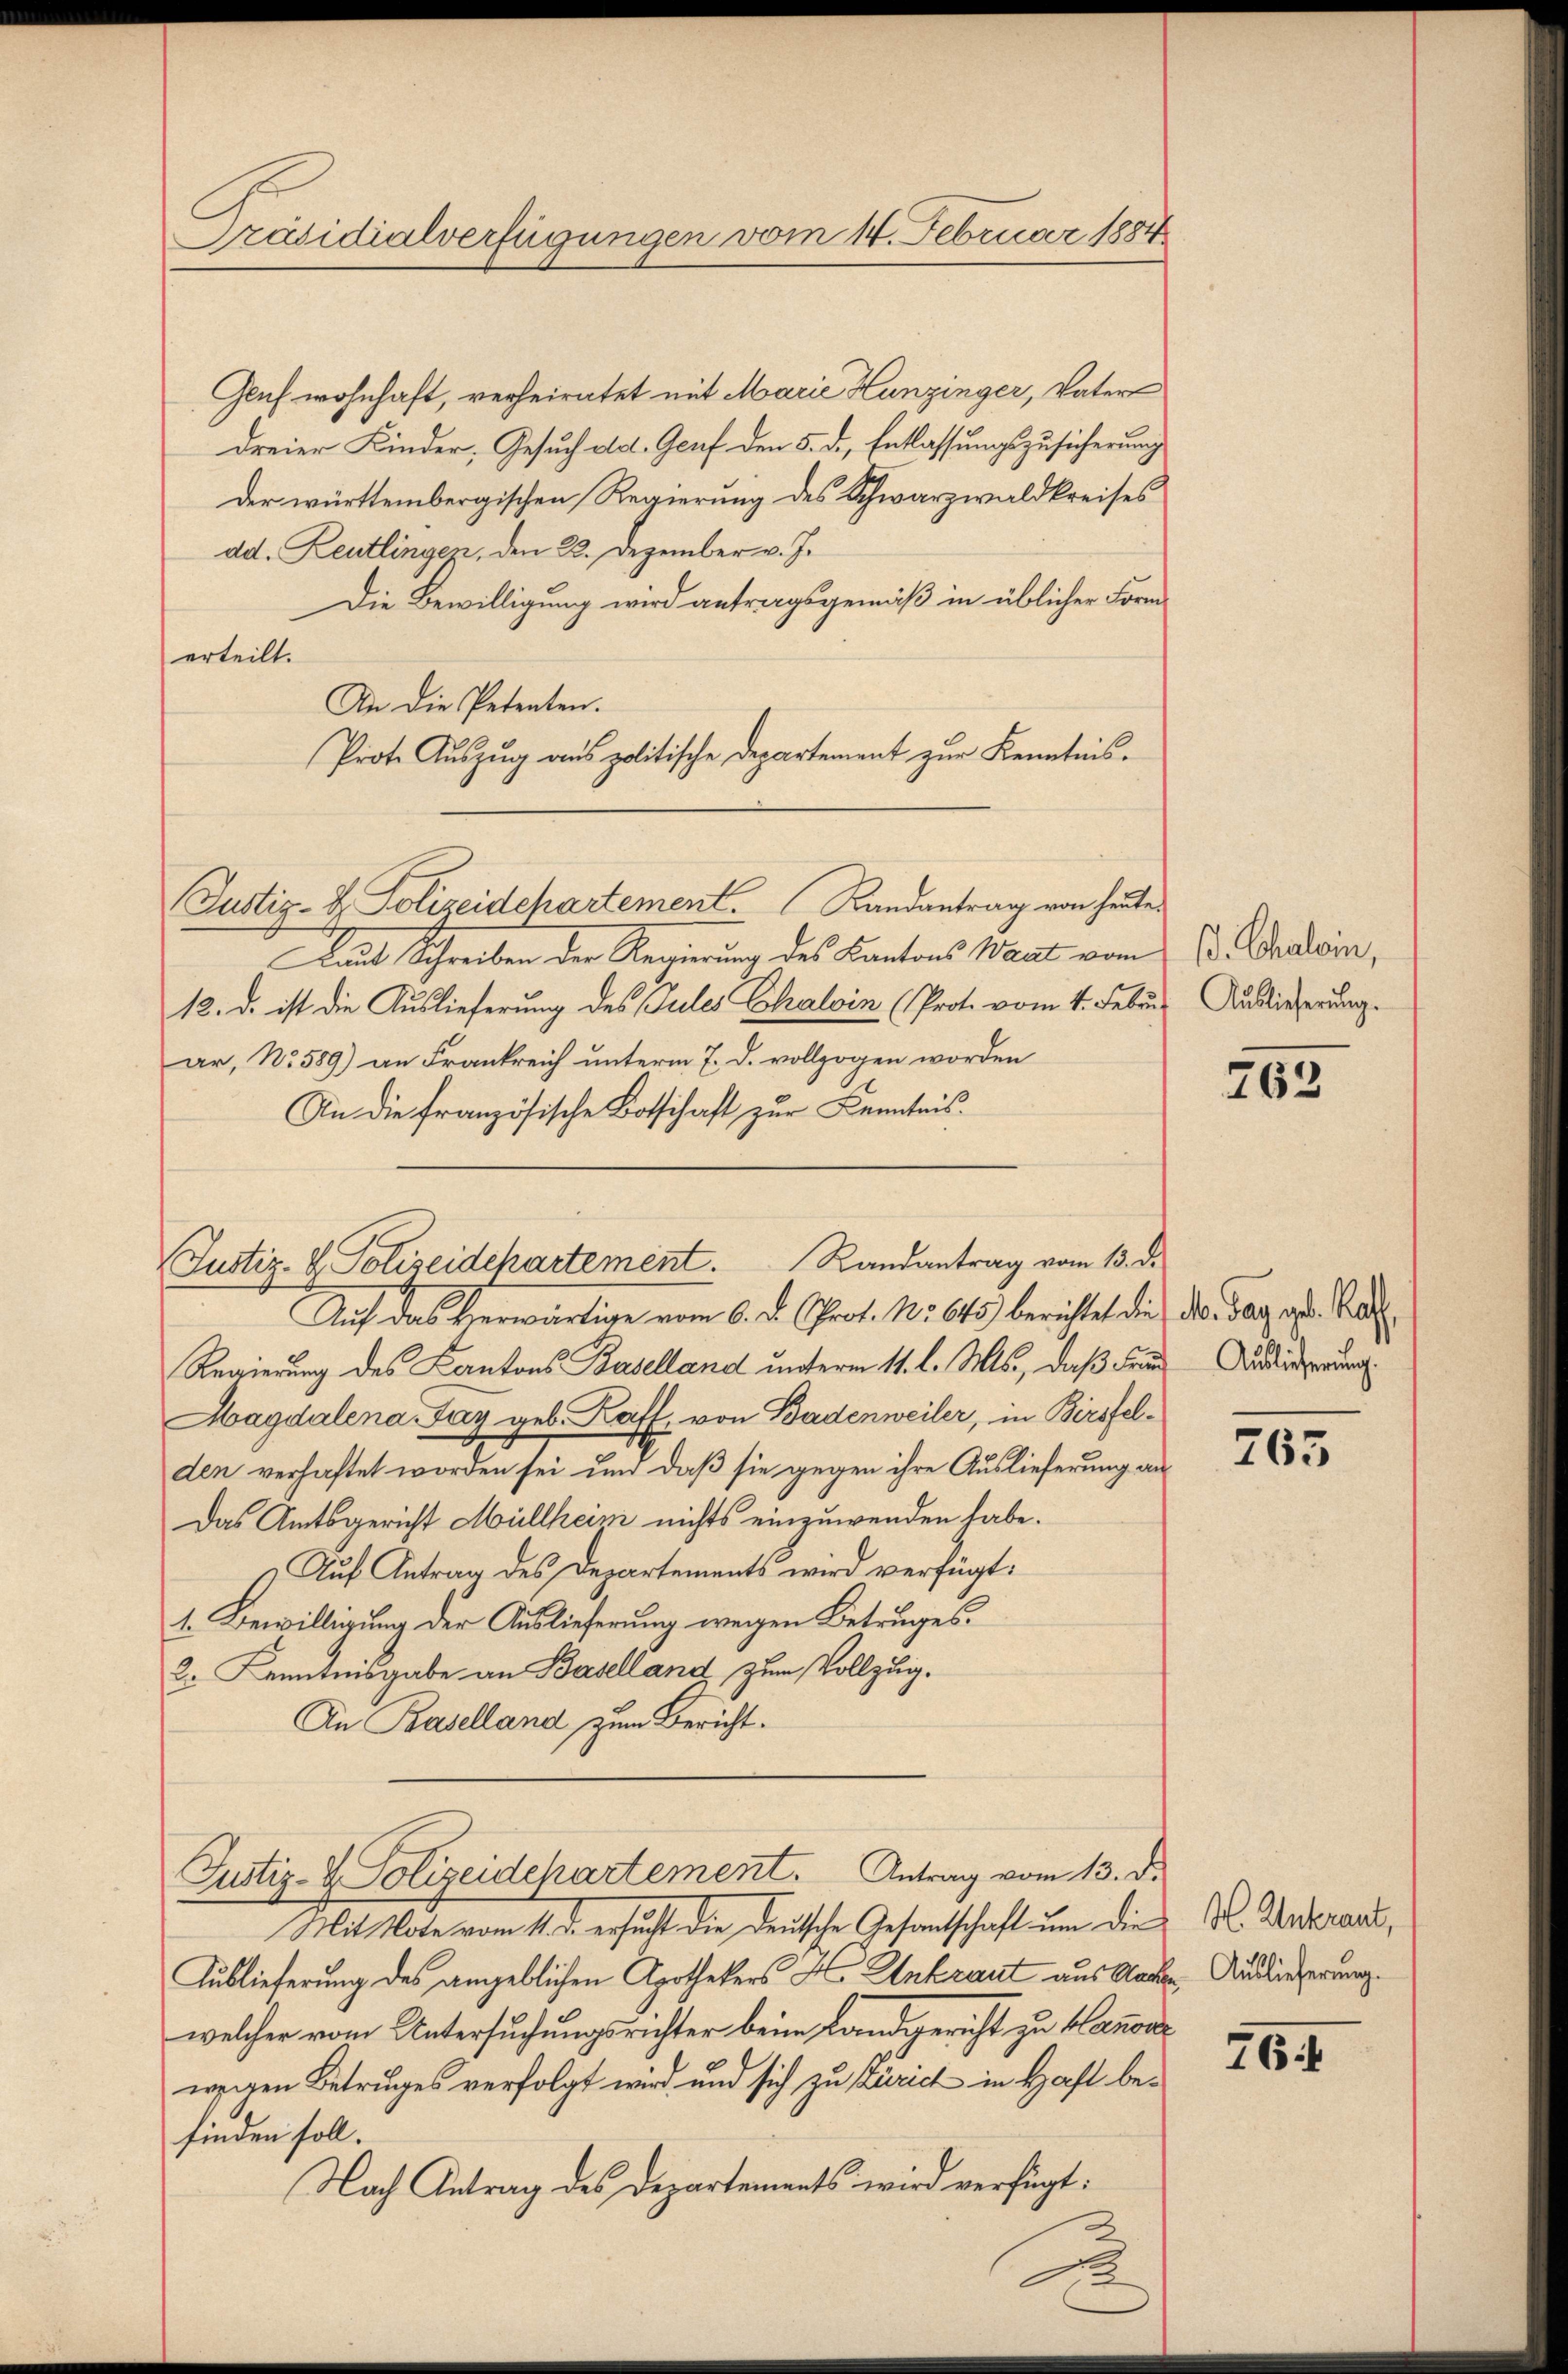
Präsidialverfügungen vom 14. Februar 1884

Glaf wohnhaft, verheiratet mit Marie Hunzinger, Vater
dreier Kinder, Gesuch ad. Genf den 5. d. Entlassungszusicherung
Der württembergischen Regierung des Schwarzwaldkreises
dd. Zeutlingen, den 22. Dezember v. J.
Die Bewilligung wird antragsgemäß in üblicher Form
erteilt.
An die Petenten.
Prote Auszug aus politische Departement zur Kenntnis¬
Justiz- & Polizeidchartement. Landantrag von heute
Laut Schreiben der Regierung des Kantons Waadt vom
12. d. ist die Auslieferung des Pules Chalvin (Prot. vom 4. Febr. Auslieferung.
ar, No. 589) an Frankreich unterm 7. d. vollzogen worden
An die französische Botschaft zur Kenntnis.
Auch das verwärtige vom 6. d. Prof. No 645) berichtet die Dr. Tag ist. Bal¬
Regierung des Kantons Baselland unterm 11. l. Mts., daß Frau Audierung
Magdalena Tag geb. Kaff, von Badenweiler, in Birsfelden verhaftet worden sei und daß sie gegen ihre Auslieferung an
Das Amtsgericht Müllheim nichts einzuwenden habe.
Auf Antrag des Departements wird verfügt:
1. Bewilligung der Auslieferung wegen Betruges.
2. Kenntnisgabe an Baselland zum Vollzug.
An Baselland zum Bericht.
Justiz- & Polizeidepartement. Antrag vom 13. d.
Mit Note vom 11. d. ersucht die Deutsche Gesantschaft um die K. Anderard,
Auslieferung des angeblichen Apothekers Xo Unkraut aus Aaren Auslieferung.
welcher vom Untersuchungsrichter beim Landgericht zu Hanonwegen Betruges verfolgt wird und sich zu Zürich in Haft befinden soll.
Nach Antrag des Departements wird verfügt:

Justiz- & Polizeidepartement. Randantrag vom 13. d.

2

. Chalein,

762

763

765. 1